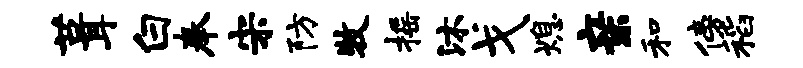
葺白奉宋防牧摇沐戈熄亲和傍稻